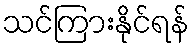
သင်ကြားနိုင်ရန်